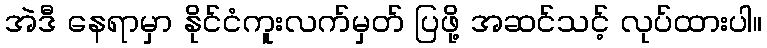
အဲဒီ နေရာမှာ နိုင်ငံကူးလက်မှတ် ပြဖို့ အဆင်သင့် လုပ်ထားပါ။